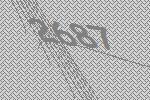
2687